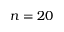
n = 2 0